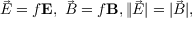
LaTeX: \vec { \cal E } = f { \bf E } , \ \vec { \cal B } = f { \bf B } , \| \vec { \cal E } | = | \vec { \cal B } | ,